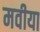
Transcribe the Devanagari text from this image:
मवीया